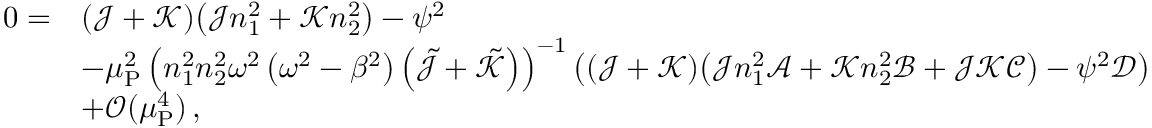
\begin{array} { r l } { 0 = } & { ( \mathcal { J } + \mathcal { K } ) \big ( \mathcal { J } n _ { 1 } ^ { 2 } + \mathcal { K } n _ { 2 } ^ { 2 } \big ) - \psi ^ { 2 } } \\ & { - \mu _ { \mathrm { P } } ^ { 2 } \left( n _ { 1 } ^ { 2 } n _ { 2 } ^ { 2 } \omega ^ { 2 } \left( \omega ^ { 2 } - \beta ^ { 2 } \right) \left( \tilde { \mathcal { J } } + \tilde { \mathcal { K } } \right) \right) ^ { - 1 } \left( ( \mathcal { J } + \mathcal { K } ) \big ( \mathcal { J } n _ { 1 } ^ { 2 } \mathscr { A } + \mathcal { K } n _ { 2 } ^ { 2 } \mathscr { B } + \mathcal { J } \mathcal { K } \mathscr { C } \big ) - \psi ^ { 2 } \mathscr { D } \right) } \\ & { + \mathscr { O } ( \mu _ { \mathrm { P } } ^ { 4 } ) \, , } \end{array}